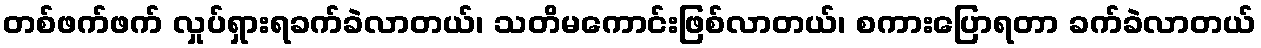
တစ်ဖက်ဖက် လှုပ်ရှားရခက်ခဲလာတယ်၊ သတိမကောင်းဖြစ်လာတယ်၊ စကားပြောရတာ ခက်ခဲလာတယ်